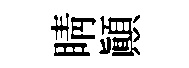
睛顚